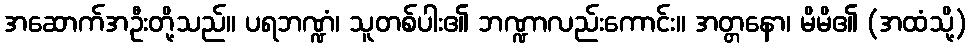
အဆောက်အဦးတို့သည်။ ပရဘဏ္ဍံ၊ သူတစ်ပါး၏ ဘဏ္ဍာလည်းကောင်း။ အတ္တနော၊ မိမိ၏ (အထံသို့)